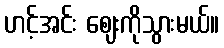
ဟင့်အင်း ဈေးကိုသွားမယ်။